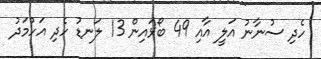
ހެދި ސުނާނު އަލީ އާއި 49 ބޯޅައިން 13 ލަނޑު ހެދި އަހުމަދު